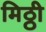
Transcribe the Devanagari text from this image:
मिठ्ठी